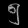
Digit: ၅